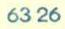
6326